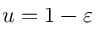
u = 1 - \varepsilon